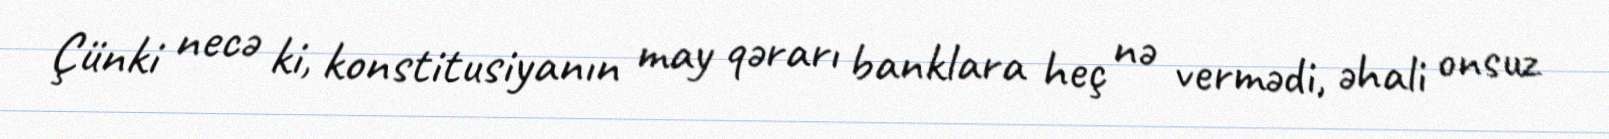
Çünki necə ki, konstitusiyanın may qərarı banklara heç nə vermədi, əhali onsuz